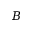
B